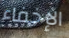
الإخفاء